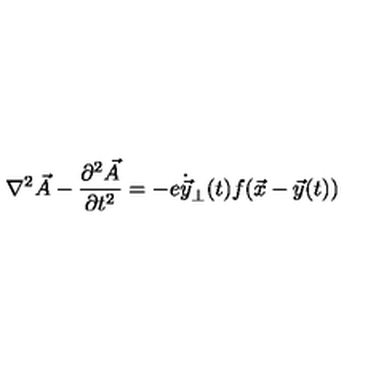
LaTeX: \nabla ^ { 2 } \vec { A } - { \frac { \partial ^ { 2 } \vec { A } } { \partial t ^ { 2 } } } = - e \dot { \vec { y } } _ { \perp } ( t ) f ( \vec { x } - \vec { y } ( t ) )